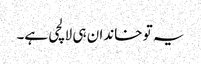
یہ تو خاندان ہی لالچی ہے۔